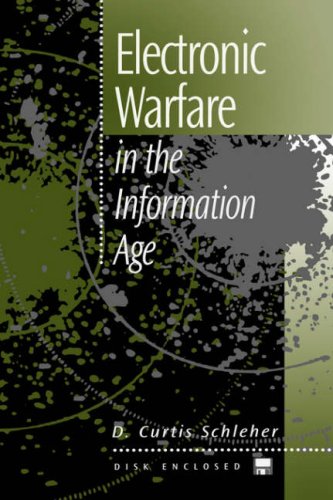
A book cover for Electronic Warfare in the Information Age (Artech House Radar Library); D. Curtis Schleher; Engineering & Transportation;